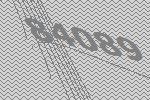
84089